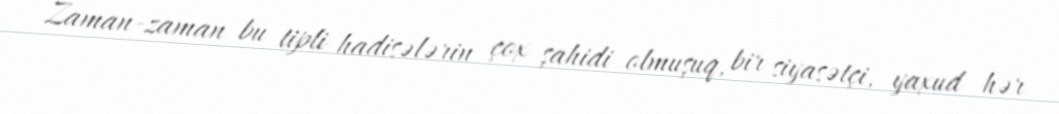
Zaman-zaman bu tipli hadisələrin çox şahidi olmuşuq, bir siyasətçi, yaxud hər